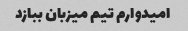
امیدوارم تیم میزبان ببازد